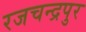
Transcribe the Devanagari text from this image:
रजचन्द्रपुर